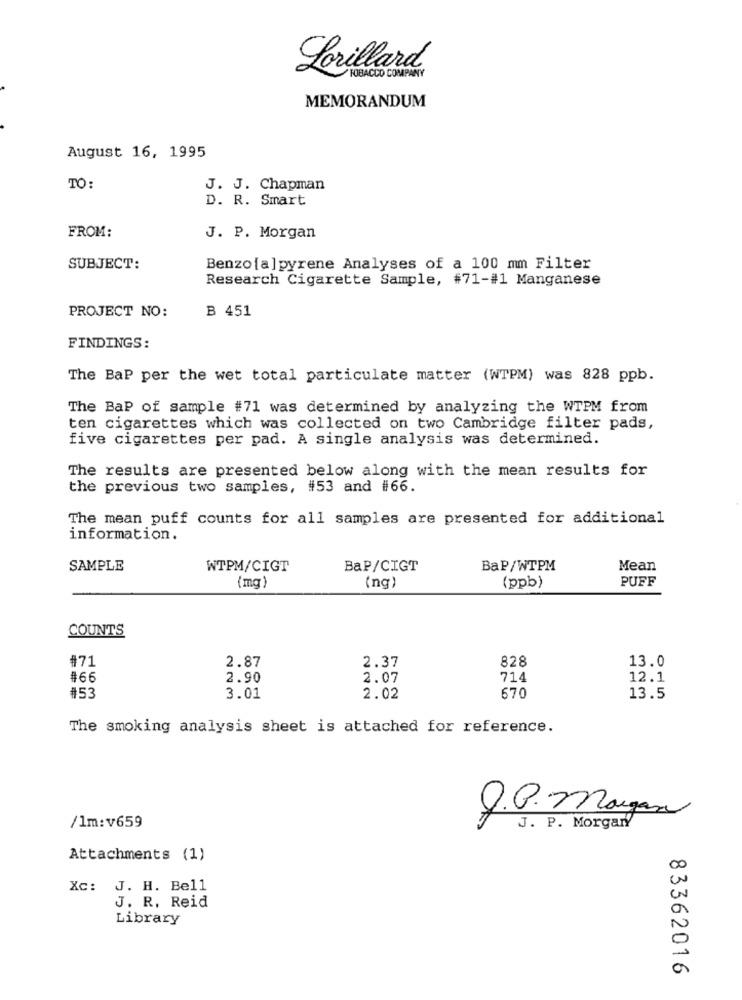
Lorillard
TOBACCO COMPANY
MEMORANDUM
August 16, 1995
TO:
J. J. Chapman
D. R. Smart
FROM:
J. P. Morgan
SUBJECT:
Benzo [a] pyrene Analyses of a 100 mm Filter
Research Cigarette Sample, #71-#1 Manganese
PROJECT NO:
B 451
FINDINGS:
The BaP per the wet total particulate matter (WTPM) was 828 ppb.
The BaP of sample #71 was determined by analyzing the WTPM from
ten cigarettes which was collected on two Cambridge filter pads,
five cigarettes per pad. A single analysis was determined.
The results are presented below along with the mean results for
the previous two samples, #53 and #66.
The mean puff counts for all samples are presented for additional
information.
SAMPLE
WTPM/CIGT
BaP/CIGT
BaP/WTPM
Mean
PUFF
(mg)
(ng)
(ppb)
COUNTS
#71
2.87
2.37
828
13.0
#66
2.90
2.07
714
12.1
#53
3.01
2.02
670
13.5
The smoking analysis sheet is attached for reference.
D.P. Morgan
/1m:v659
J. P. Morgan
Attachments (1)
00
Xc: J. H. Bell
J. R. Reid
Library
a
83362016